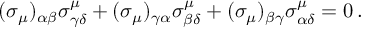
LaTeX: ( \sigma _ { \mu } ) _ { \alpha \beta } \sigma _ { \gamma \delta } ^ { \mu } + ( \sigma _ { \mu } ) _ { \gamma \alpha } \sigma _ { \beta \delta } ^ { \mu } + ( \sigma _ { \mu } ) _ { \beta \gamma } \sigma _ { \alpha \delta } ^ { \mu } = 0 \, .